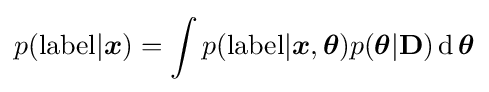
p({\rm {label}}|{\boldsymbol {x}})=\int p({\rm {label}}|{\boldsymbol {x}},{\boldsymbol {\theta }})p({\boldsymbol {\theta }}|\mathbf {D} )\operatorname {d} {\boldsymbol {\theta }}